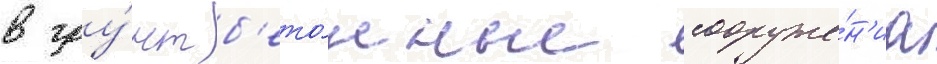
в гру́нт б'ето́нные сооруже́н'иа